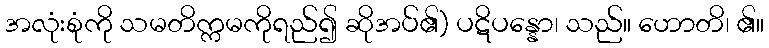
အလုံးစုံကို သမတိက္ကမကိုရည်၍ ဆိုအပ်၏) ပဋိပန္နော၊ သည်။ ဟောတိ၊ ၏။